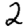
Digit: 2